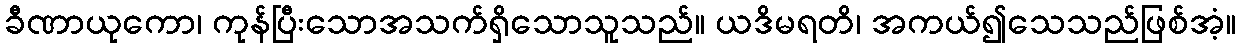
ခီဏာယုကော၊ ကုန်ပြီးသောအသက်ရှိသောသူသည်။ ယဒိမရတိ၊ အကယ်၍သေသည်ဖြစ်အံ့။